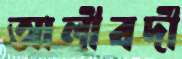
আলীবর্দী